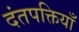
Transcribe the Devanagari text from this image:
दंतपक्तियाँ